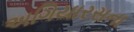
અગિયારસના